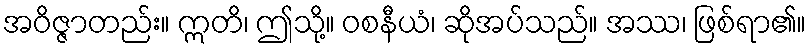
အဝိဇ္ဇာတည်း။ ဣတိ၊ ဤသို့။ ဝစနီယံ၊ ဆိုအပ်သည်။ အဿ၊ ဖြစ်ရာ၏။